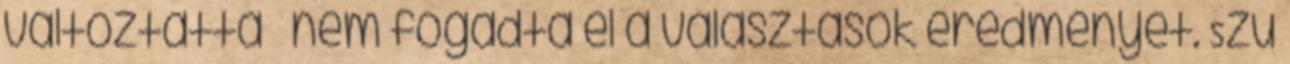
változtatta – nem fogadta el a választások eredményét. Szú